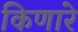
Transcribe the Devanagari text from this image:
किणारे